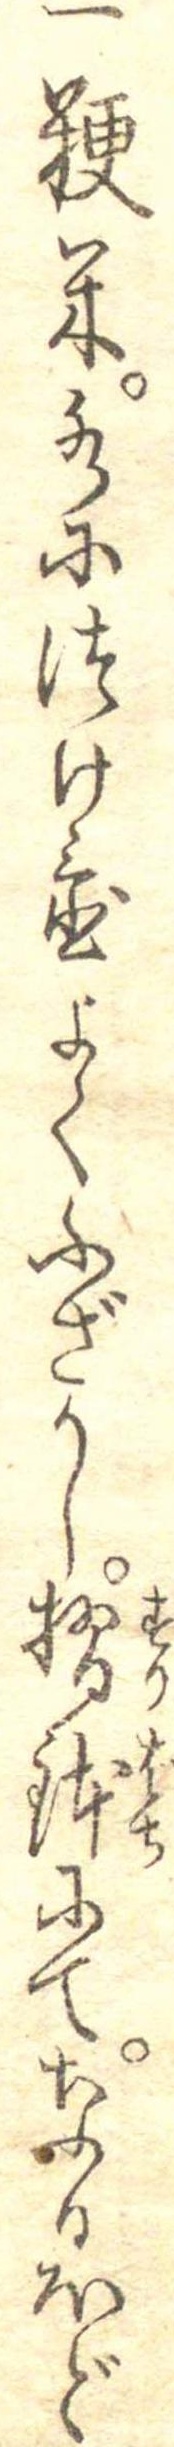
一粳米水につけ置よくふざかし摺鉢にてなるほど